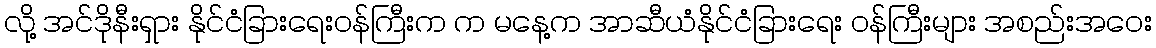
လို့ အင်ဒိုနီးရှား နိုင်ငံခြားရေးဝန်ကြီးက က မနေ့က အာဆီယံနိုင်ငံခြားရေး ဝန်ကြီးများ အစည်းအဝေး